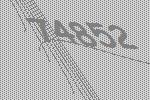
74852